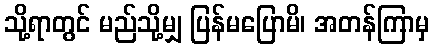
သို့ရာတွင် မည်သို့မျှ ပြန်မပြောမိ၊ အတန်ကြာမှ